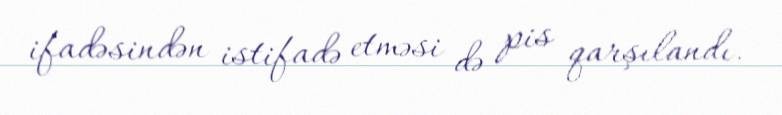
ifadəsindən istifadə etməsi də pis qarşılandı.